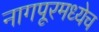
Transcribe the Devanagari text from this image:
नागपूरमध्येच